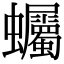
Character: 蠾